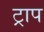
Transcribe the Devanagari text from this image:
ट्राप